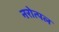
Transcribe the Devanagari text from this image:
नरोत्पल